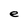
Character: e